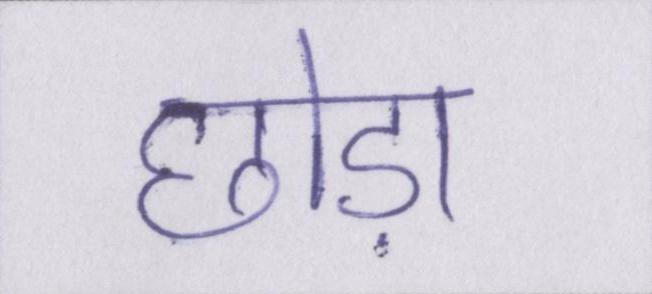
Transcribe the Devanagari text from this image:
छोड़ा